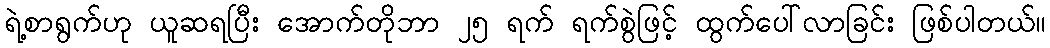
ရဲ့စာရွက်ဟု ယူဆရပြီး အောက်တိုဘာ ၂၅ ရက် ရက်စွဲဖြင့် ထွက်ပေါ်လာခြင်း ဖြစ်ပါတယ်။